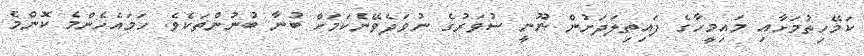
ކަމޭހިތުމަށާއި މައިމީހާގެ ފައިތިލަދަށުން ނޫނީ ސުވަރުގެ ނުވަދެވޭނެކަމަށް ބުނާ ބުނުންތަކެވެ. ހަމައެހެންމެ ކޮންމެ